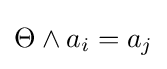
\Theta \wedge a_{i}=a_{j}